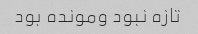
تازه نبود ومونده بود